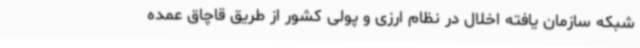
شبکه سازمان یافته اخلال در نظام ارزی و پولی کشور از طریق قاچاق عمده